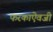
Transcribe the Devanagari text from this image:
फरकाऐवजी